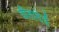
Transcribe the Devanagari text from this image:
वीतादेई